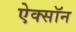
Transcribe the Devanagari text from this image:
ऐक्सॉन